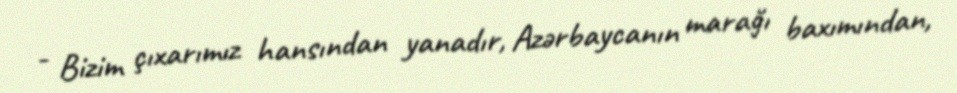
- Bizim çıxarımız hansından yanadır, Azərbaycanın marağı baxımından,